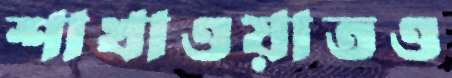
শাখাওয়াতও